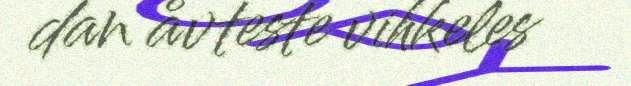
dan åvteste vihkeles